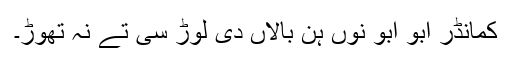
کمانڈر ابو ابو نوں ہن بالاں دی لوڑ سی تے نہ تھوڑ۔